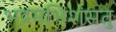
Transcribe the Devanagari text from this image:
भद्रमभिशंसतु